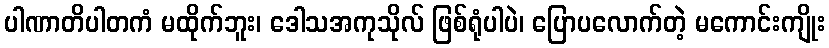
ပါဏာတိပါတကံ မထိုက်ဘူး၊ ဒေါသအကုသိုလ် ဖြစ်ရုံပါပဲ၊ ပြောပလောက်တဲ့ မကောင်းကျိုး